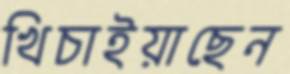
খিচাইয়াছেন